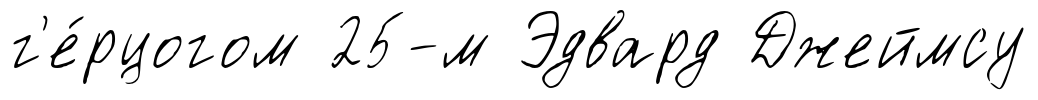
г'е́рцогом 25-м Эдвард Джеймсу